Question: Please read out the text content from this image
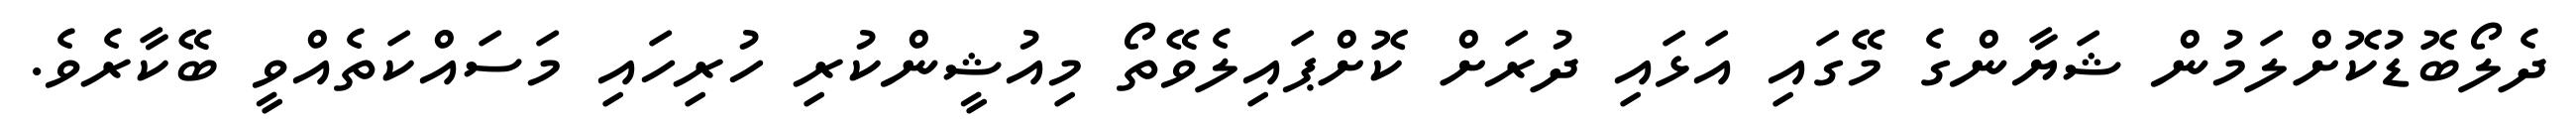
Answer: ދެލޯބޮޑުކޮށްލަމުން ޝަޔާންގެ މޭގައި އަޅައި ދުރަށް ކޮށްޕައިލެވޭތޯ މިއުޝީންކުރި ހުރިހައި މަސައްކަތެއްވީ ބޭކާރެވެ.